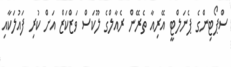
ސްޕޯޓިންގެ ޕެނަލްޓީ އޭރިއާ ތެރޭން ރެއާލްގެ ލޫކަސް ވަޒްކަޒް އަށް ކުރި ފައުލަކާއި